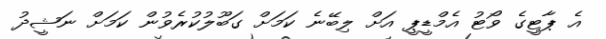
އެ ޕާޓީގެ ވޯޓު އެމްޑީޕީ އަށް ލިބޭނެ ކަމަށް ގަބޫލުކުރެވުން ކަމަށް ނަޝީދު